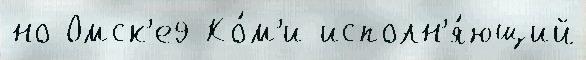
но Омск'е9 Ко́м'и исполн'я́ющий